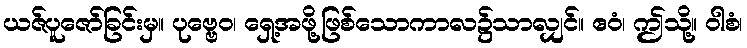
ယဇ်ပူဇော်ခြင်းမှ။ ပုဗ္ဗေဝ၊ ရှေ့အဖို့ဖြစ်သောကာလ၌သာလျှင်။ ဧဝံ၊ ဤသို့။ ဝါစံ၊